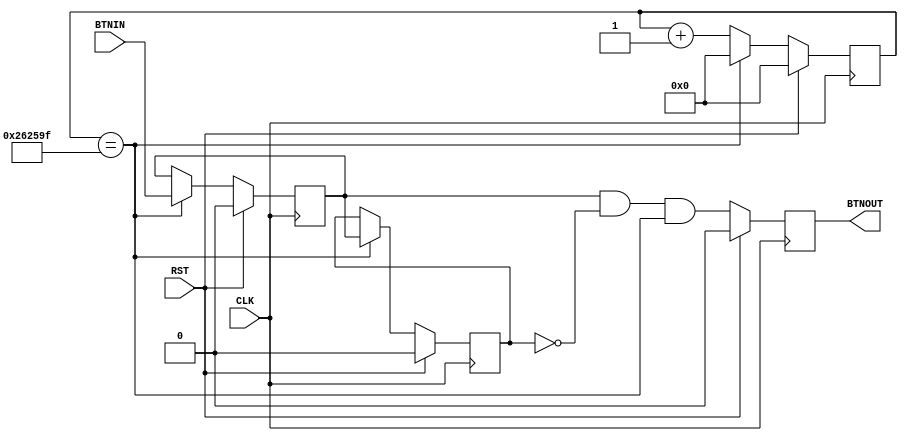
`timescale 1ns / 1ps
//////////////////////////////////////////////////////////////////////////////////
// Company: 
// Engineer: 
// 
// Design Name: 
// Module Name: debounce
// Project Name: 
// Target Devices: 
// Tool Versions: 
// Description: 
// 
// Dependencies: 
// 
// Revision:
// Revision 0.01 - File Created
// Additional Comments:
// 
//////////////////////////////////////////////////////////////////////////////////


module debounce (
    input       CLK,
    input       RST,
    input       BTNIN,
    output  reg BTNOUT
);

/* 100MHz?????40Hz???? */
reg [21:0] cnt22;

wire en40hz = (cnt22==22'd2500000-1);

always @( posedge CLK ) begin
    if ( RST )
        cnt22 <= 22'd0;
    else if ( en40hz )
        cnt22 <= 22'd0;
    else
        cnt22 <= cnt22 + 22'h1;
end

/* ?X?C?b?`?????FF2????? */
reg ff1, ff2;

always @( posedge CLK ) begin
    if ( RST ) begin
        ff1 <= 1'b0;
        ff2 <= 1'b0;
    end
    else if ( en40hz ) begin
        ff2 <= ff1;
        ff1 <= BTNIN;
    end
end

/* ?????I???o???AFF???? */
wire temp = ff1 & ~ff2 & en40hz;

always @( posedge CLK ) begin
    if ( RST )
        BTNOUT <= 1'b0;
    else
        BTNOUT <= temp;
end

endmodule